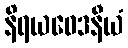
နိရယဝေဒနီယံ